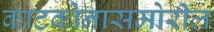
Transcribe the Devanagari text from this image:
काटकोनासमोरील